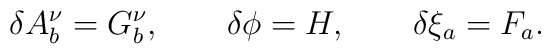
\delta A^\nu_b=G^\nu_b, \qquad \delta\phi=H,  \qquad\delta\xi_a=F_a.